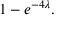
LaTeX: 1 - e ^ { - 4 \lambda } .